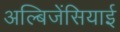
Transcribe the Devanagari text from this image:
अल्बिजेंसियाई